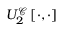
U _ { 2 } ^ { \mathcal { C } } \left[ \cdot , \cdot \right]